Report on sanitation, dispensaries, and jails in Rajputana for 1918, and on vaccination for the year 1918-1919 - 1918-1919
Year: 1918
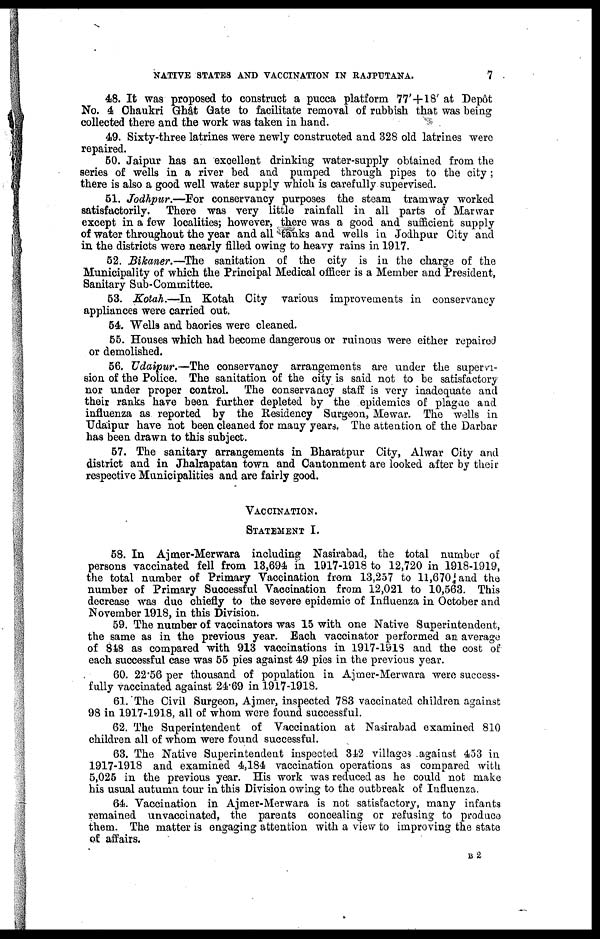
NATIVE STATES AND VACCINATION IN RAJPUTANA.
7
48. It was proposed to construct a pucca platform 77'+18' at Depôt
No. 4 Chaukri Ghât Gate to facilitate removal of rubbish that was being
collected there and the work was taken in hand.
49. Sixty-three latrines were newly constructed and 328 old latrines were
repaired.
50. Jaipur has an excellent drinking water-supply obtained from the
series of wells in a river bed and pumped through pipes to the city;
there is also a good well water supply which is carefully supervised.
51. Jodhpur.—For conservancy purposes the steam tramway worked
satisfactorily. There was very little rainfall in all parts of Marwar
except in a few localities; however, there was a good and sufficient supply
of water throughout the year and all tanks and wells in Jodhpur City and
in the districts were nearly filled owing to heavy rains in 1917.
52. Bikaner.—The sanitation of the city is in the charge of the
Municipality of which the Principal Medical officer is a Member and President,
Sanitary Sub-Committee.
53. Kotah.—In Kotah City various improvements in conservancy
appliances were carried out.
54. Wells and baories were cleaned.
55. Houses which had become dangerous or ruinous were either repaired
or demolished.
56. Udaipur.—The conservancy arrangements are under the supervi-
sion of the Police. The sanitation of the city is said not to be satisfactory
nor under proper control. The conservancy staff is very inadequate and
their ranks have been further depleted by the epidemics of plague and
influenza as reported by the Residency Surgeon, Mewar. The wells in
Udaipur have not been cleaned for many years. The attention of the Darbar
has been drawn to this subject.
57. The sanitary arrangements in Bharatpur City, Alwar City and
district and in Jhalrapatan town and Cantonment are looked after by their
respective Municipalities and are fairly good.
VACCINATION.
STATEMENT I.
58. In Ajmer-Merwara including Nasirabad, the total number of
persons vaccinated fell from 13,694 in 1917-1918 to 12,720 in 1918-1919,
the total number of Primary Vaccination from 13,257 to 11,670 and the
number of Primary Successful Vaccination from 12,021 to 10,563. This
decrease was due chiefly to the severe epidemic of Influenza in October and
November 1918, in this Division.
59. The number of vaccinators was 15 with one Native Superintendent,
the same as in the previous year. Each vaccinator performed an average
of 848 as compared with 913 vaccinations in 1917-1918 and the cost of
each successful case was 55 pies against 49 pies in the previous year.
60. 22.56 per thousand of population in Ajmer-Merwara were success-
fully vaccinated against 24.69 in 1917-1918.
61. The Civil Surgeon, Ajmer, inspected 783 vaccinated children against
98 in 1917-1918, all of whom were found successful.
62. The Superintendent of Vaccination at Nasirabad examined 810
children all of whom were found successful.
63. The Native Superintendent inspected 342 villages against 453 in
1917-1918 and examined 4,184 vaccination operations as compared with
5,025 in the previous year. His work was reduced as he could not make
his usual autumn tour in this Division owing to the outbreak of Influenza.
64. Vaccination in Ajmer-Merwara is not satisfactory, many infants
remained unvaccinated, the parents concealing or refusing to produce
them. The matter is engaging attention with a view to improving the state
of affairs.
B2